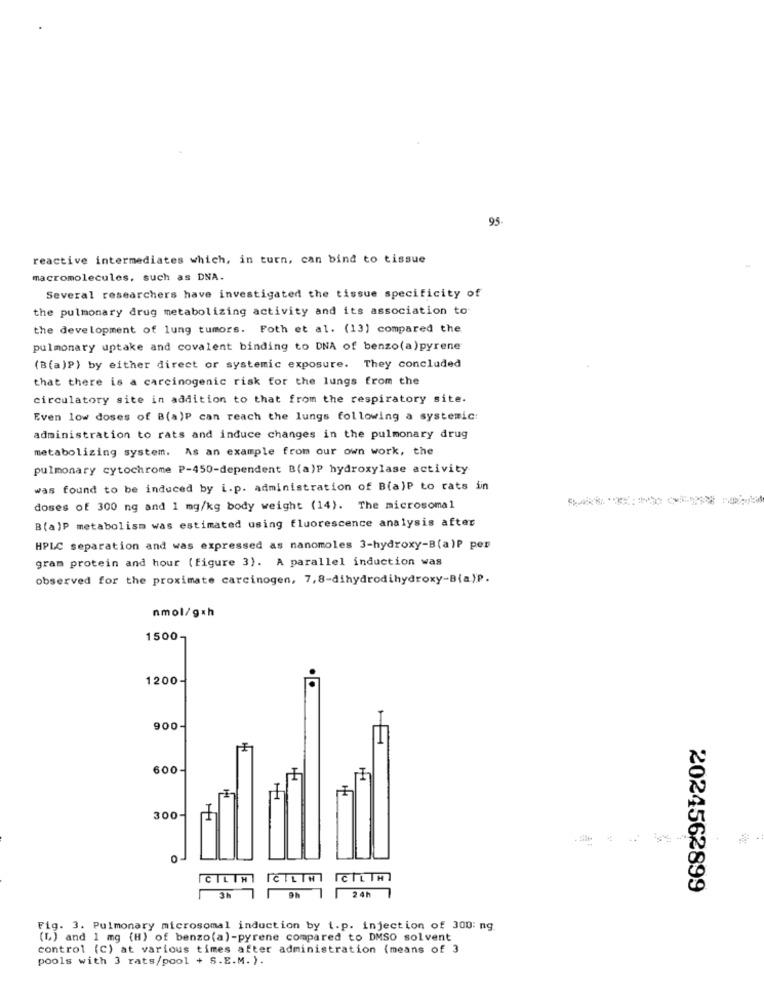
95.
reactive intermediates which, in turn, can bind to tissue
macromolecules, such as DNA.
Several researchers have investigated the tissue specificity of
the pulmonary drug metabolizing activity and its association to
the development of lung tumors. Foth et al. (13) compared the
pulmonary uptake and covalent binding to DNA of benzo(a)pyrene
(B(a)P) by either direct or systemic exposure. They concluded
that there is a carcinogenic risk for the lungs from the
circulatory site in addition to that from the respiratory site.
Even low doses of B(a)P can reach the lungs following a systemic:
administration to rats and induce changes in the pulmonary drug
metabolizing system. As an example from our own work, the
pulmonary cytochrome P-450-dependent B(a)P hydroxylase activity
was found to be induced by i.p. administration of B(a)P to rats iin
doses of 300 ng and 1 mg/kg body weight (14). The microsomal
B(a)P metabolism was estimated using fluorescence analysis after
HPLC separation and was expressed as nanomoles 3-hydroxy-B(a)P per
gram protein and hour ( figure 3). A parallel induction was
observed for the proximate carcinogen, 7,8-dihydrodihydroxy-B(a)P.
nmol/g*h
1500-
1200-
900-
600
300-
O
ICILTHI
IČILIWI ICIL THI
3h
2 4h
2024562899
Fig. 3. Pulmonary microsomal induction by i.p. injection of 300: ng
(L) and 1 mg (H) of benzo(a)-pyrene compared to DMSO solvent
control (C) at various times after administration (means of 3
pools with 3 rats/pool + S.E.M. ).